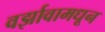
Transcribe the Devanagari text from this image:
वर्झावामधून